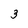
Character: 3